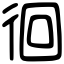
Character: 徊